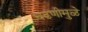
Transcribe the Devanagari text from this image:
चढणीमुळे